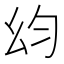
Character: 𭙋